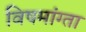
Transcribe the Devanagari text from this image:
विषमांग्ता